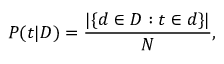
P ( t | D ) = { \frac { | \{ d \in D : t \in d \} | } { N } } ,